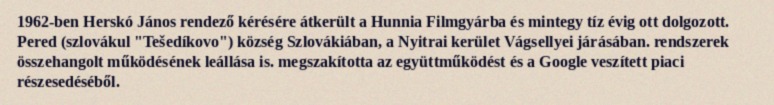
1962-ben Herskó János rendező kérésére átkerült a Hunnia Filmgyárba és mintegy tíz évig ott dolgozott. Pered (szlovákul "Tešedíkovo") község Szlovákiában, a Nyitrai kerület Vágsellyei járásában. rendszerek összehangolt működésének leállása is. megszakította az együttműködést és a Google veszített piaci részesedéséből.